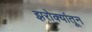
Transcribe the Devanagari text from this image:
झरोक्यांतून